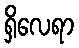
ရှိလေရာ